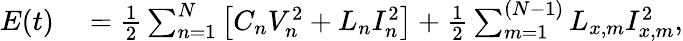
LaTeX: \begin{array}{rl}{E(t)}&{{}=\frac{1}{2}\sum_{n=1}^{N}\left[C_{n}V_{n}^{2}+L_{n}I_{n}^{2}\right]+\frac{1}{2}\sum_{m=1}^{(N-1)}L_{x,m}I_{x,m}^{2},}\end{array}